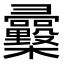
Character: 𢑿